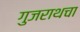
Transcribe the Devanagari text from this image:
गुजराथचा